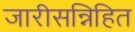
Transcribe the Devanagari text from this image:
जारीसन्निहित